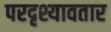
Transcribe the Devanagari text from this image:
परदृश्यावतार